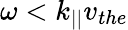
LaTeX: \omega<k_{||}v_{the}